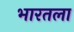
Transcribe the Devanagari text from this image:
भारतला